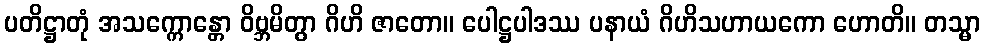
ပတိဋ္ဌာတုံ အသက္ကောန္တော ဝိဗ္ဘမိတွာ ဂိဟိ ဇာတော။ ပေါဋ္ဌပါဒဿ ပနာယံ ဂိဟိသဟာယကော ဟောတိ။ တသ္မာ